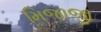
મિજાજી